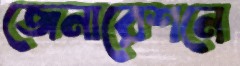
জেনারেশনে